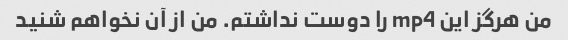
من هرگز این mp4 را دوست نداشتم. من از آن نخواهم شنید